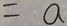
= a